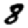
Digit: 8